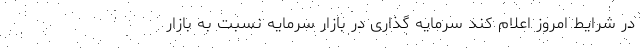
در شرایط امروز اعلام کند سرمایه گذاری در بازار سرمایه نسبت به بازار